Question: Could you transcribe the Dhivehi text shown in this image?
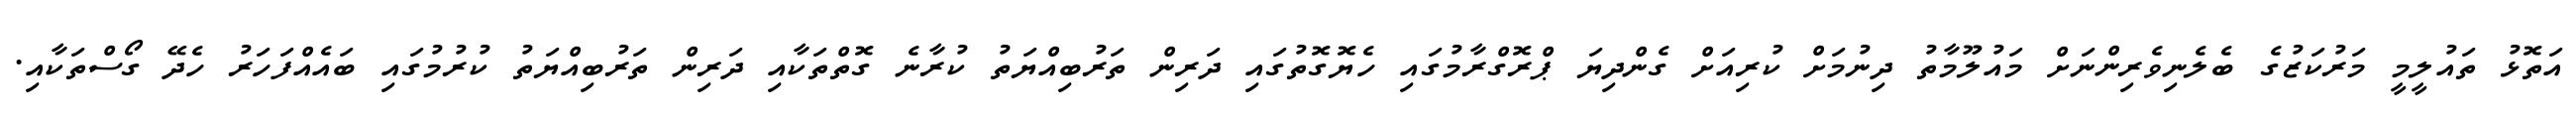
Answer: އަތޮޅު ތައުލީމީ މަރުކަޒުގެ ބެލެނިވެރިންނަށް މައުލޫމާތު ދިނުމަށް ކުރިއަށް ގެންދިޔަ ޕްރޮގްރާމުގައި ހެޔޮގޮތުގައި ދަރިން ތަރުބިއްޔަތު ކުރާނެ ގޮތްތަކާއި ދަރިން ތަރުބިއްޔަތު ކުރުމުގައި ބައެއްފަހަރު ހެދޭ ގޯސްތަކާއި.